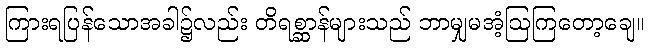
ကြားရပြန်သောအခါ၌လည်း တိရစ္ဆာန်များသည် ဘာမျှမအံ့ဩကြတော့ချေ။